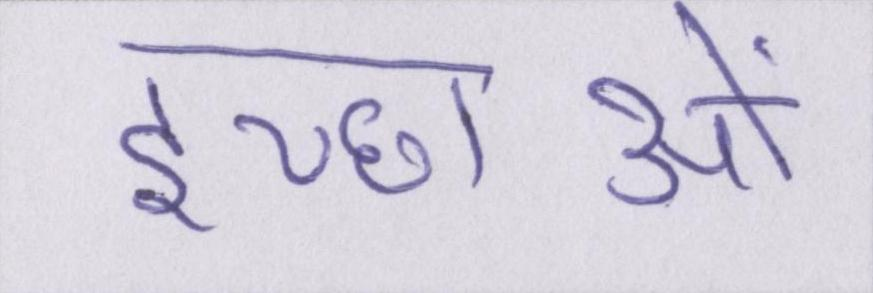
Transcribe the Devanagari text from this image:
इच्छाओं